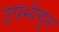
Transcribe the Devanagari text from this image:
उपभोगून